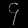
Digit: ၄